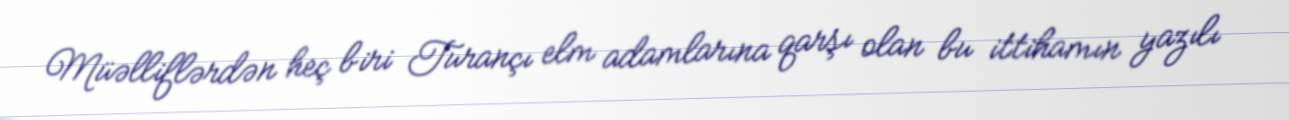
Müəlliflərdən heç biri Turançı elm adamlarına qarşı olan bu ittihamın yazılı